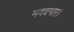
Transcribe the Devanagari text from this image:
मददगार।